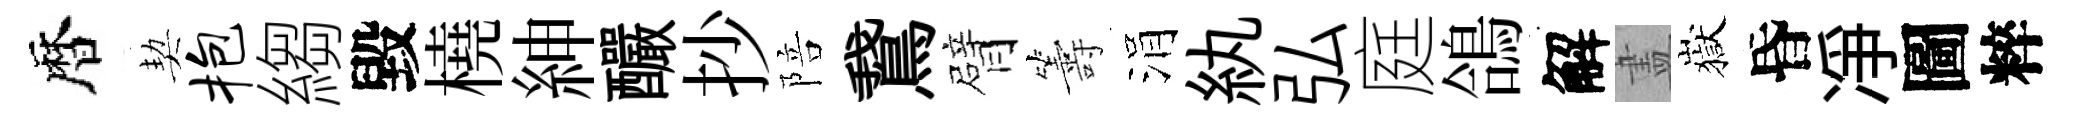
暦契抱縐毀橈紳釅抄陪鵞臂籌涓紈弘庭鴿解𥁞嶽昏凈圖粹